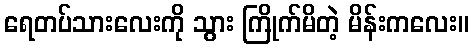
ရေတပ်သားလေးကို သွား ကြိုက်မိတဲ့ မိန်းကလေး။